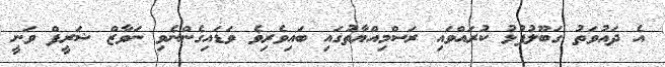
އެ ދައުވަތު ގަބޫލުފުޅު ކުރައްވައި ރަސްމިއްޔާތުގައި ބައިވެރިވެ ވަޑައިގެންނެވި ނަވާޒް ޝަރީފް ވަނީ